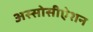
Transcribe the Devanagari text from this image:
अस्सोसीऐशन